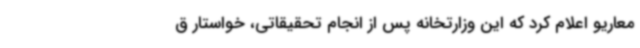
معاریو اعلام کرد که این وزارتخانه پس از انجام تحقیقاتی، خواستار ق